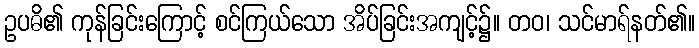
ဥပဓိ၏ ကုန်ခြင်းကြောင့် စင်ကြယ်သော အိပ်ခြင်းအကျင့်၌။ တဝ၊ သင်မာရ်နတ်၏။